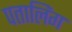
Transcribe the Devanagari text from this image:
पतालिंग